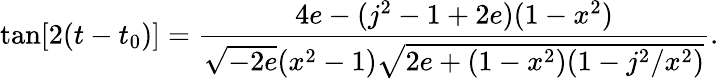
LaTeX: \tan[2(t-t_{0})]=\frac{4e-(j^{2}-1+2e)(1-x^{2})}{\sqrt{-2e}(x^{2}-1)\sqrt{2e+(1-x^{2})(1-j^{2}/x^{2})}}.